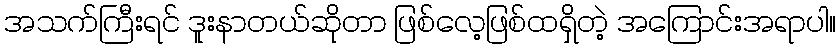
အသက်ကြီးရင် ဒူးနာတယ်ဆိုတာ ဖြစ်လေ့ဖြစ်ထရှိတဲ့ အကြောင်းအရာပါ။